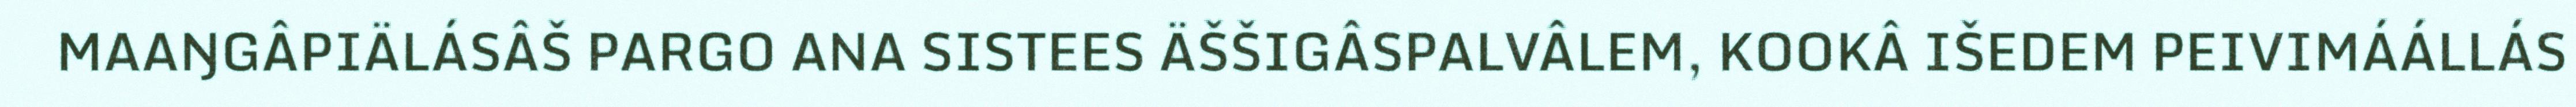
MAAŊGÂPIÄLÁSÂŠ PARGO ANA SISTEES ÄŠŠIGÂSPALVÂLEM, KOOKÂ IŠEDEM PEIVIMÁÁLLÁS